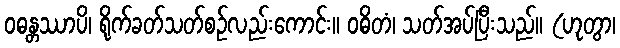
ဝဓန္တဿာပိ၊ ရိုက်ခတ်သတ်စဉ်လည်းကောင်း။ ဝဓိတံ၊ သတ်အပ်ပြီးသည်။ (ဟုတွာ၊